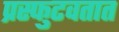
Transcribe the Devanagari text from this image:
प्रस्फुटवतात